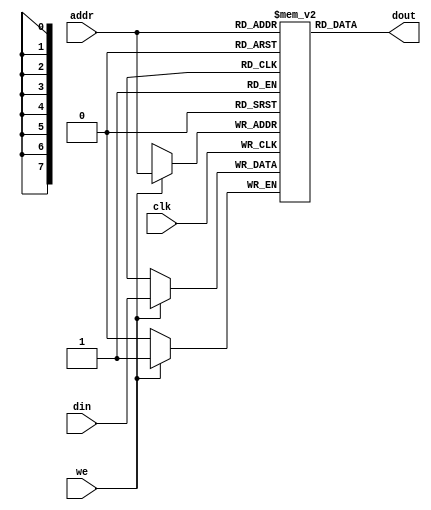
// Listing 12.1
// Single-port RAM with asynchronous read
// Modified from XST 8.1i v_rams_04

module xilinx_one_port_ram_async
   #(
     parameter ADDR_WIDTH = 8,
               DATA_WIDTH = 1
   )
   (
    input wire clk,
    input wire we,
    input wire [ADDR_WIDTH-1:0] addr,
    input wire [DATA_WIDTH-1:0] din,
    output wire [DATA_WIDTH-1:0] dout
   );

   // signal declaration
   reg [DATA_WIDTH-1:0] ram [2**ADDR_WIDTH-1:0];

   // body
   always @(posedge clk)
      if (we)  // write operation
         ram[addr] <= din;
   // read operation
   assign dout = ram[addr];

endmodule